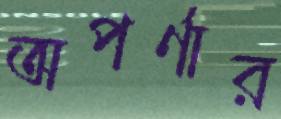
অপর্ণার